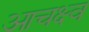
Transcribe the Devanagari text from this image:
आचक्ष्व